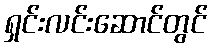
ရှင်းလင်းဆောင်တွင်